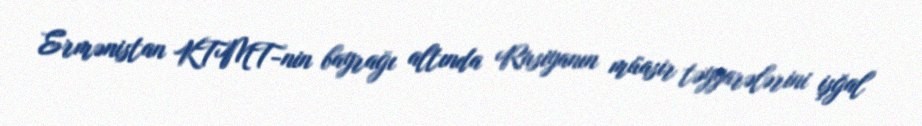
Ermənistan KTMT-nin bayrağı altında Rusiyanın müasir təyyarələrini işğal